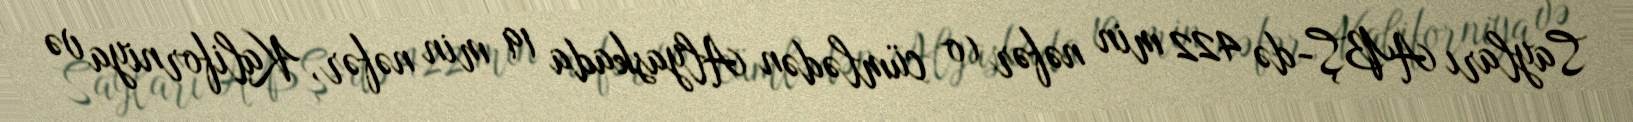
Sayları ABŞ-də 422 min nəfər (o cümlədən Alyaskada 19 min nəfər, Kaliforniya və